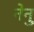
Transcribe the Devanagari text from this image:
नेनु